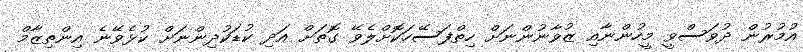
އުމުރުން ދުވަސްވީ މީހުންނާއި ޒުވާނުންނަށް ހިތްފަސޭހަކޮށްލެވޭ ގޮތަށް އަދި ކުޑަކުދިންނަށް ކުޅެވޭނެ އިންތިޒާމް